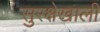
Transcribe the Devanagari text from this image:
सुरक्षेखाली